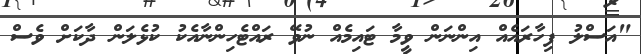
"އަސްލު ފިހާރައެއް އިންނަން ވީމާ ޓައިމެއް ނުވޭ ރައްޓެހިންނާއެކު ކުޅެލަން ދާކަށް ވެސް